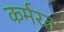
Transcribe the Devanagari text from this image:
कर्मरत